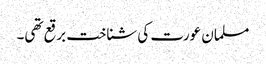
مسلمان عورت کی شناخت برقع تھی۔